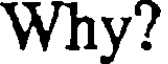
Why?